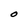
Character: O